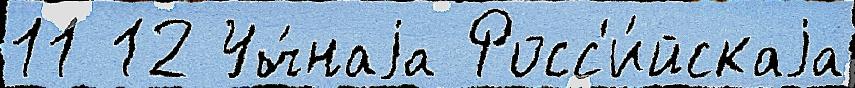
11 12 Уч́наjа Росс'и́йскаjа